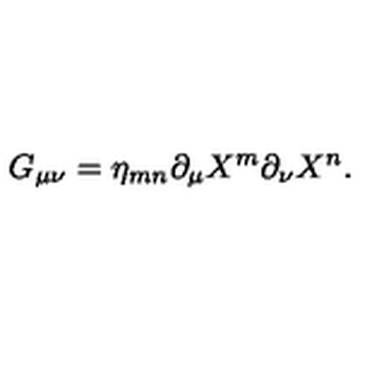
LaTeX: G _ { \mu \nu } = \eta _ { m n } \partial _ { \mu } X ^ { m } \partial _ { \nu } X ^ { n } .